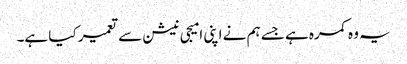
یہ وہ کمرہ ہے جسے ہم نے اپنی امیجی نیشن سے تعمیر کیا ہے۔